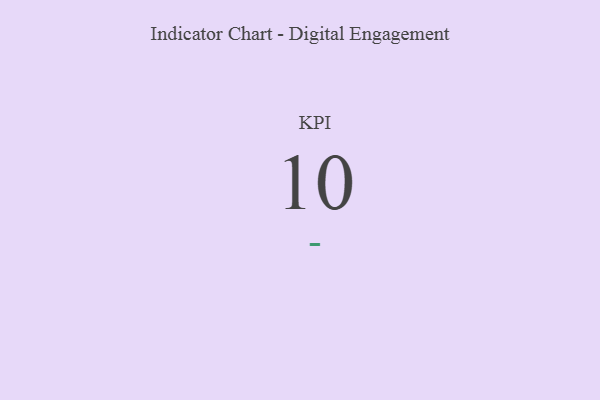
{"axis": {"x": "KPI", "y": "Value"}, "legend": [""], "data": [{"x": "KPI", "y": 10, "type": ""}]}